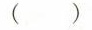
()